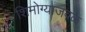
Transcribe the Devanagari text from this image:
शिमोग्याजवळ